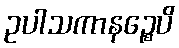
ဥပါသကာနဉ္စေပိ